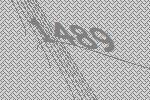
1489